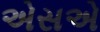
એસએ